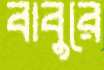
বাবুরে